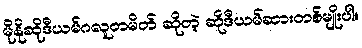
မိုနိုဆိုဒီယမ်ဂလူတမိတ် ဆိုတဲ့ ဆိုဒီယမ်ဆားတစ်မျိုးပါ။